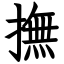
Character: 撫